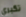
تكبري